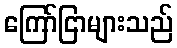
ကြော်ငြာများသည်